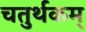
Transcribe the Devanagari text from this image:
चतुर्थकम्